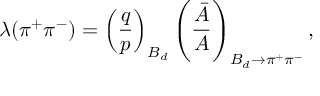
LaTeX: \lambda ( \pi ^ { + } \pi ^ { - } ) = \left( \frac { q } { p } \right) _ { B _ { d } } \left( \frac { \bar { A } } { A } \right) _ { B _ { d } \rightarrow \pi ^ { + } \pi ^ { - } } ,